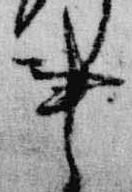
事